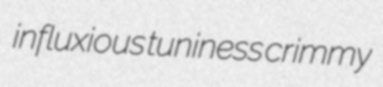
influxious tuniness crimmy